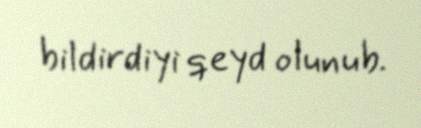
bildirdiyi qeyd olunub.